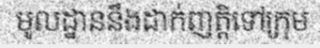
មូលដ្ឋាននឹងដាក់ញត្តិទៅក្រុម